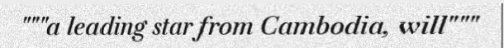
"""a leading star from Cambodia, will"""